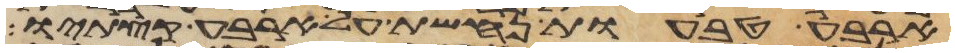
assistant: ארבע טבעות נחשת על ארבע קצתיו